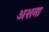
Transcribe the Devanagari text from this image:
अशना